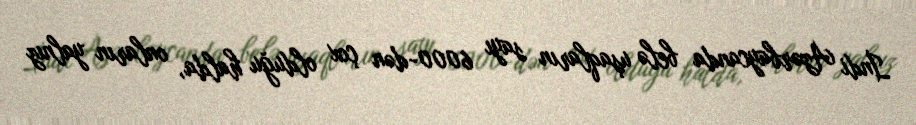
İndi Azərbaycanda belə uşaqların sayı 6000-dən çox olduğu halda, onların yalnız